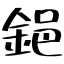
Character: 𨦺